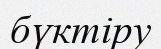
бүктіру